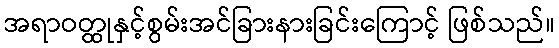
အရာဝတ္ထုနှင့်စွမ်းအင်ခြားနားခြင်းကြောင့် ဖြစ်သည်။